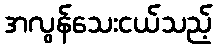
အလွန်သေးငယ်သည့်